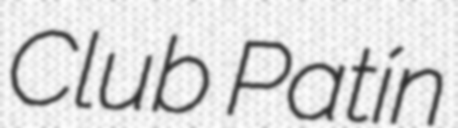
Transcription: Club Patín